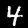
Digit: 4